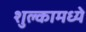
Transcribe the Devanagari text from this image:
शुल्कामध्ये